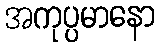
အကုပ္ပမာနော